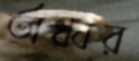
অধ্বর